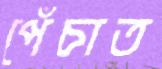
পেঁচাত